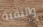
والبقية